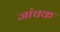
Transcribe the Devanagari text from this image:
जांचक